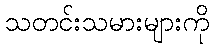
သတင်းသမားများကို